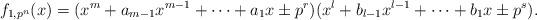
LaTeX: \begin{align*}f_{1,p^{n}}(x)=(x^{m}+a_{m-1}x^{m-1}+\cdots +a_{1}x \pm p^{r})(x^{l}+b_{l-1}x^{l-1}+\cdots +b_{1}x \pm p^{s}).\end{align*}